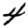
Digit: 4